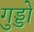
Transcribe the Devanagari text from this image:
गुड्डों